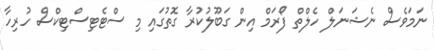
ނަމަވެސް ނެޝަނަލް ހެލްތް ފޯރަމް އިން ގަބޫލުކުރާ ގޮތުގައި މި ސްޓެޓިސްޓިކްސް ހުރިހާ